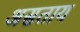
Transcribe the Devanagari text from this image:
असताय